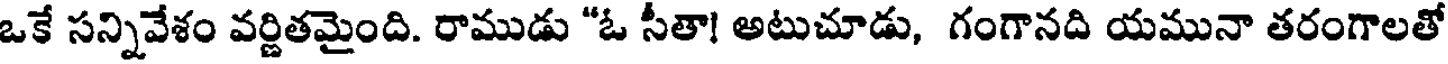
ఒకే సన్నివేశం వర్ణితమైంది. రాముడు "ఓ సీతా! అటుచూడు, గంగానది యమునా తరంగాలతో